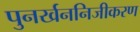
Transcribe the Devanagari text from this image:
पुनर्खननिजीकरण